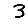
Digit: 3